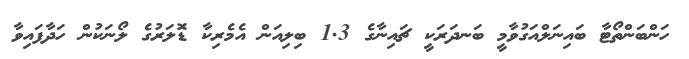
ހަންބަންތޯޓާ ބައިނަލްއަގުވާމީ ބަނދަރަކީ ޗައިނާގެ 1.3 ބިލިއަން އެމެރިކާ ޑޮަލަރުގެ ލޯނަކުން ހަަދާފައިވާ